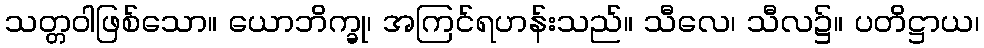
သတ္တဝါဖြစ်သော။ ယောဘိက္ခု၊ အကြင်ရဟန်းသည်။ သီလေ၊ သီလ၌။ ပတိဋ္ဌာယ၊